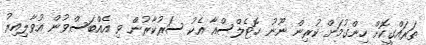
ތަރައްގީކޮށް ހިންގުމަށް ކުރިން ނޫނު ހޮޓެލްސްއާ އެކު ސަރުކާރުން ވި އެއްބަސްވުން އުވާލިއިރު